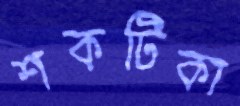
শকটিকা